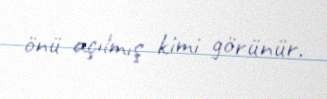
önü açılmış kimi görünür.